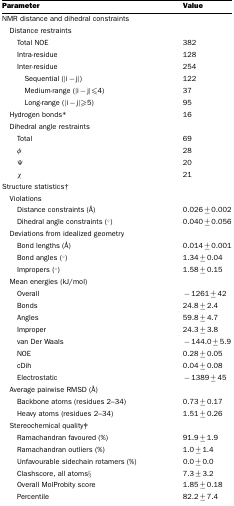
<table><thead><tr><td><b>Parameter</b></td><td><b>Value</b></td></tr></thead><tbody><tr><td>NMR distance and dihedral constraints</td><td>[EMPTY_CELL]</td></tr><tr><td> Distance restraints</td><td>[EMPTY_CELL]</td></tr><tr><td>Total NOE</td><td>382</td></tr><tr><td>Intra-residue</td><td>128</td></tr><tr><td>Inter-residue</td><td>254</td></tr><tr><td>Sequential (|i−j|)</td><td>122</td></tr><tr><td>Medium-range (|i−j|≤4)</td><td>37</td></tr><tr><td>Long-range (|i−j|≥5)</td><td>95</td></tr><tr><td> Hydrogen bonds*</td><td>16</td></tr><tr><td> Dihedral angle restraints</td><td>[EMPTY_CELL]</td></tr><tr><td>Total</td><td>69</td></tr><tr><td>φ</td><td>28</td></tr><tr><td>Ψ</td><td>20</td></tr><tr><td>χ</td><td>21</td></tr><tr><td>Structure statistics†</td><td>[EMPTY_CELL]</td></tr><tr><td> Violations</td><td>[EMPTY_CELL]</td></tr><tr><td>Distance constraints (Å)</td><td>0.026±0.002</td></tr><tr><td>Dihedral angle constraints (°)</td><td>0.040±0.056</td></tr><tr><td> Deviations from idealized geometry</td><td>[EMPTY_CELL]</td></tr><tr><td>Bond lengths (Å)</td><td>0.014±0.001</td></tr><tr><td>Bond angles (°)</td><td>1.34±0.04</td></tr><tr><td>Impropers (°)</td><td>1.58±0.15</td></tr><tr><td> Mean energies (kJ/mol)</td><td>[EMPTY_CELL]</td></tr><tr><td>Overall</td><td>−1261±42</td></tr><tr><td>Bonds</td><td>24.8±2.4</td></tr><tr><td>Angles</td><td>59.8±4.7</td></tr><tr><td>Improper</td><td>24.3±3.8</td></tr><tr><td>van Der Waals</td><td>−144.0±5.9</td></tr><tr><td>NOE</td><td>0.28±0.05</td></tr><tr><td>cDih</td><td>0.04±0.08</td></tr><tr><td>Electrostatic</td><td>−1389±45</td></tr><tr><td> Average pairwise RMSD (Å)</td><td>[EMPTY_CELL]</td></tr><tr><td>Backbone atoms (residues 2–34)</td><td>0.73±0.17</td></tr><tr><td>Heavy atoms (residues 2–34)</td><td>1.51±0.26</td></tr><tr><td> Stereochemical quality‡</td><td>[EMPTY_CELL]</td></tr><tr><td>Ramachandran favoured (%)</td><td>91.9±1.9</td></tr><tr><td>Ramachandran outliers (%)</td><td>1.0±1.4</td></tr><tr><td>Unfavourable sidechain rotamers (%)</td><td>0.0±0.0</td></tr><tr><td>Clashscore, all atoms§</td><td>7.3±3.2</td></tr><tr><td>Overall MolProbity score</td><td>1.85±0.18</td></tr><tr><td>Percentile</td><td>82.2±7.4</td></tr></tbody></table>